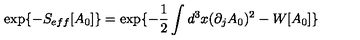
\exp \{ - S _ { e f f } [ A _ { 0 } ] \} = \exp \{ - \frac { 1 } { 2 } \int d ^ { 3 } x ( \partial _ { j } A _ { 0 } ) ^ { 2 } - W [ A _ { 0 } ] \}